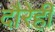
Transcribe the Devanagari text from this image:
दौरेही